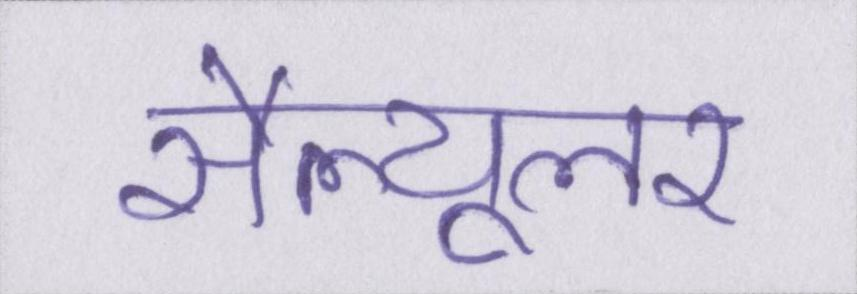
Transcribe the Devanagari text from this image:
सैल्यूलर